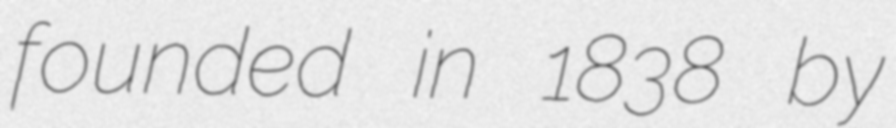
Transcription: founded in 1838 by